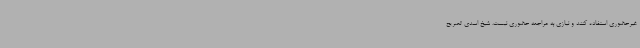
غیرحضوری استفاده کنند و نیازی به مراجعه حضوری نیست. شیخ اسدی تصریح